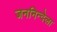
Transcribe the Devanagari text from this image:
जननिन्देला